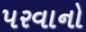
પરવાનો